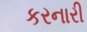
કરનારી